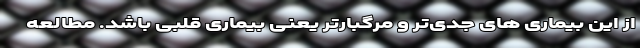
از این بیماری های جدی‌تر و مرگبارتر یعنی بیماری قلبی باشد. مطالعه